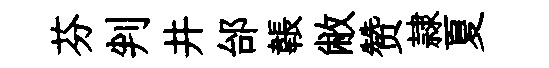
芬判井邰韔敝赞隷夏